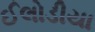
ઈલોડીયા